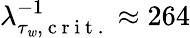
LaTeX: \lambda_{\tau_{\mathit{w}},\mathrm{{~c~r~i~t~.~}}}^{-1}\approx264